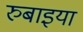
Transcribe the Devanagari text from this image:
रुबाइया